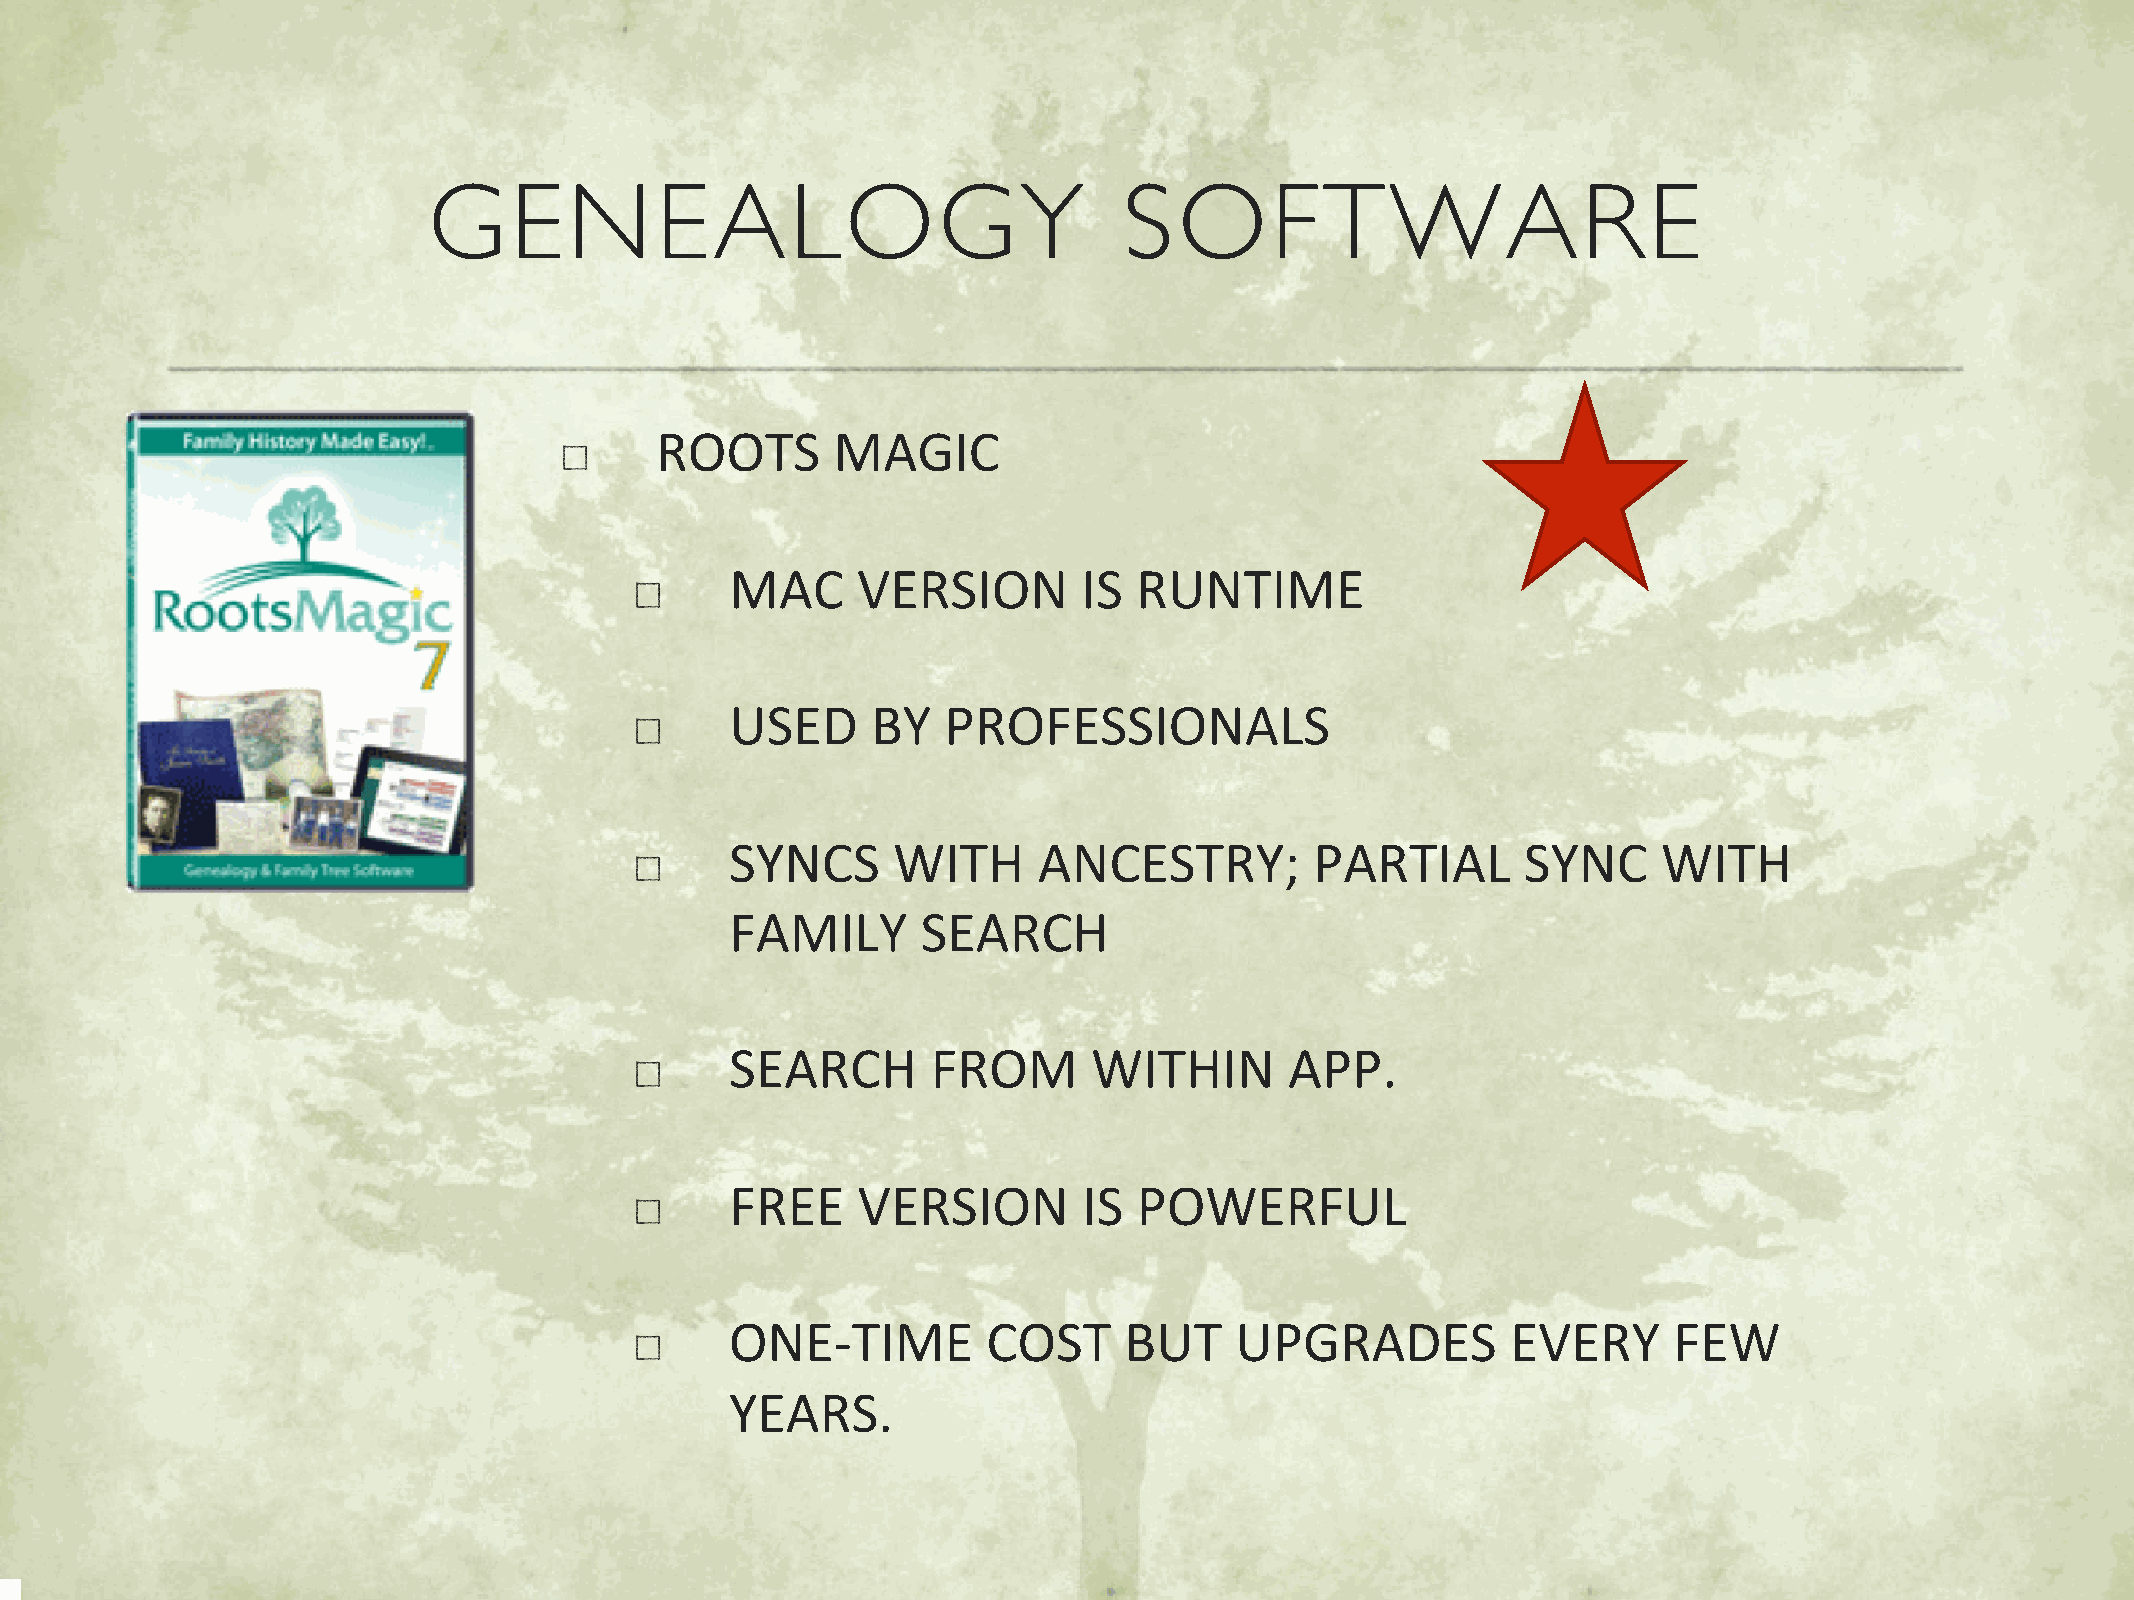
GENEALOGY                                     SOFTWARE
 ROOTS       MAGIC
 MAC      VERSION        IS RUNTIME
 USED      BY   PROFESSIONALS
 SYNCS      WITH      ANCESTRY;         PARTIAL       SYNC     WITH
 FAMILY       SEARCH
 SEARCH        FROM      WITHIN       APP.
 FREE     VERSION        IS POWERFUL
 ONE-TIME         COST     BUT     UPGRADES          EVERY      FEW
 YEARS.